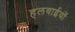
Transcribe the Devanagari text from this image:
हलवाईयों